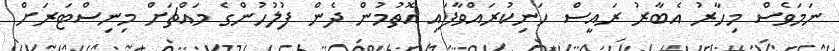
ނަމަވެސް މިހާރު އެބާރު ރައީސް ހަނިކުރައްވާފައި އޮތުމުން ދެން ފުލުހުންގެ މައްޗަށް މިނިސްޓަރަށް